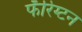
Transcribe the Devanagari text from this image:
फॅरिंग्टन